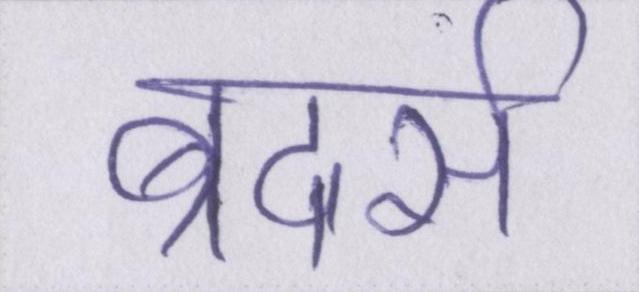
ब्रदर्स